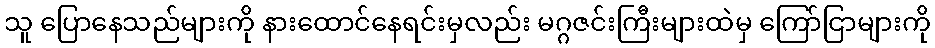
သူ ပြောနေသည်များကို နားထောင်နေရင်းမှလည်း မဂ္ဂဇင်းကြီးများထဲမှ ကြော်ငြာများကို